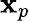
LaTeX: \mathbf{x}_{p}